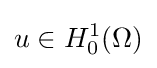
u\in H_{0}^{1}(\Omega )